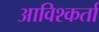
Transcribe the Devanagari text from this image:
आविश्कर्ता